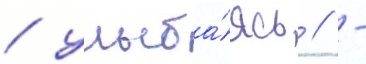
/ улыба́ясь // -